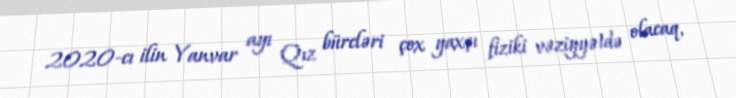
2020-cı ilin Yanvar ayı Qız bürcləri çox yaxşı fiziki vəziyyətdə olacaq,